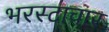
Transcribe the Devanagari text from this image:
भरस्टाचार